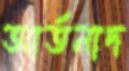
আর্তনাদ